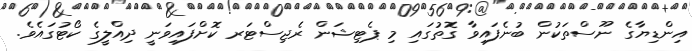
އިންޑިޔާގެ ނޫސްތަކުން ބުނެފައިވާ ގޮތުގައި މި ޕެޓިޝަން ރެޖިސްޓަރ ކޮށްފައިވަނީ ދިއްލީގެ ކޯޓުގައެވެ.